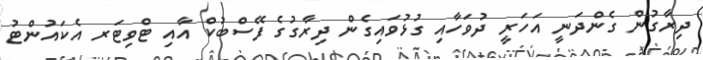
ދިރާގުން ގެންދަނީ އަހަރީ ދުވަހާއި ގުޅުވައިގެން ދިރާގުގެ ފޭސްބުކް އާއި ޓްވިޓަރ އެކައުންޓު